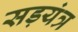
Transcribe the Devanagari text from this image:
सड़यंत्र